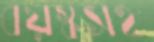
বয়স্কসহ